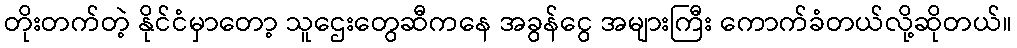
တိုးတက်တဲ့ နိုင်ငံမှာတော့ သူဌေးတွေဆီကနေ အခွန်ငွေ အများကြီး ကောက်ခံတယ်လို့ဆိုတယ်။